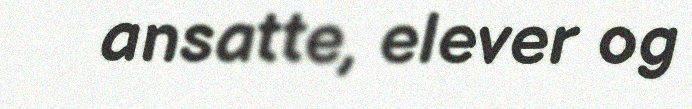
ansatte, elever og